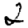
Digit: 2